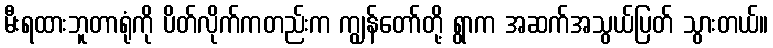
မီးရထားဘူတာရုံကို ပိတ်လိုက်ကတည်းက ကျွန်တော်တို့ ရွာက အဆက်အသွယ်ပြတ် သွားတယ်။